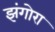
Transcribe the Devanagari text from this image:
झंगोरा